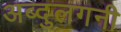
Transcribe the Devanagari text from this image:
अब्दुलगनी